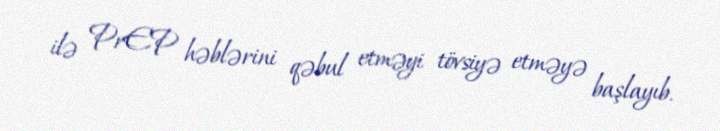
ilə PrEP həblərini qəbul etməyi tövsiyə etməyə başlayıb.